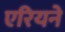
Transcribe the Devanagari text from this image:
एरियने